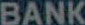
BANK